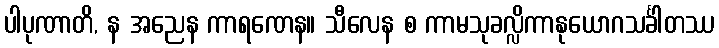
ပါပုဏာတိ, န အညေန ကာရဏေန။ သီလေန စ ကာမသုခလ္လိကာနုယောဂသင်္ခါတဿ